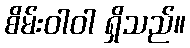
စိမ်းဝါဝါ ရှိသည်။